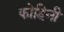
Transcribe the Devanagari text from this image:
कोहिनी